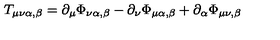
T _ { \mu \nu \alpha , \beta } = \partial _ { \mu } \Phi _ { \nu \alpha , \beta } - \partial _ { \nu } \Phi _ { \mu \alpha , \beta } + \partial _ { \alpha } \Phi _ { \mu \nu , \beta }